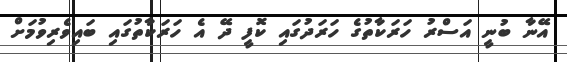
އޭނާ ބުނީ އަސްރު ހަރަކާތުގެ ހަރަދުގައި ކޮފީ ދޭ އެ ހަރަކާތުގައި ބައިވެރިވުމަށް